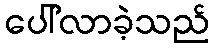
ပေါ်လာခဲ့သည်